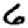
Digit: 6